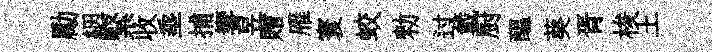
勵絪緊收埀捕響昱贈雁寰蛟勑过戴厨醖葵胥梭土